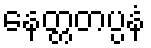
နေတ္တတပ္ပနံ